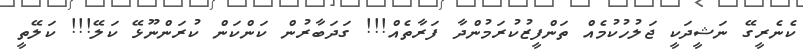
ކެނެރީގޭ ނަޝީދަކީ ޖަލުހުކުމެއް ތަންފީޒުކުރަމުންދާ ފަރާތެއް!!! ގަދަބާރުން ކަންކަން ކުރަންނޫޅޭ ކަލޭ!!! ކަލޭތީ